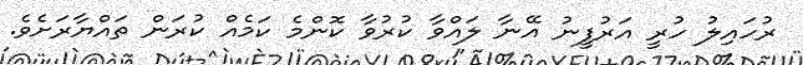
ރުހައިލު ހުރީ އަރުފީނު އޭނާ ލައްވާ ކުރުވާ ކޮންމެ ކަމެއް ކުރަން ތައްޔާރަށެވެ.